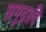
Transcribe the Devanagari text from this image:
समुद्रादि